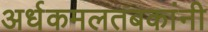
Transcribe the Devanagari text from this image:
अर्धकमलतबकांनी